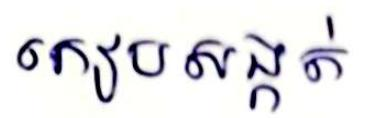
កៀបសង្កត់